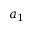
a _ { 1 }